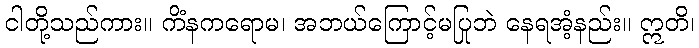
ငါတို့သည်ကား။ ကိံနကရောမ၊ အဘယ်ကြောင့်မပြုဘဲ နေရအံ့နည်း။ ဣတိ၊